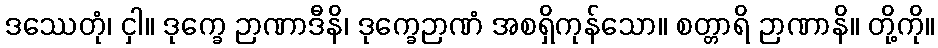
ဒဿေတုံ၊ ငှါ။ ဒုက္ခေ ဉာဏာဒီနိ၊ ဒုက္ခေဉာဏံ အစရှိကုန်သော။ စတ္တာရိ ဉာဏာနိ။ တို့ကို။